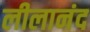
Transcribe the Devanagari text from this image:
लीलानंद